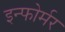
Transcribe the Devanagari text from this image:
इन्फोर्मर